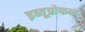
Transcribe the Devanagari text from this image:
इब्यूप्रोफन